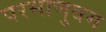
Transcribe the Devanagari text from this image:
परमाणुबम